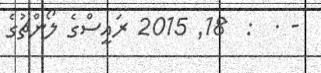
- .  :  18